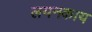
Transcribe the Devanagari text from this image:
लयनकाय